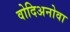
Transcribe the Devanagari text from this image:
वोदिअनोवा